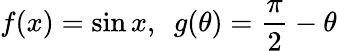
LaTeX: f(x)=\sin x,\ \ g(\theta)={\frac{\pi}{2}}-\theta